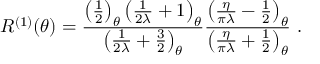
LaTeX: R ^ { ( 1 ) } ( \theta ) = \frac { \left( \frac { 1 } { 2 } \right) _ { \theta } \left( \frac { 1 } { 2 \lambda } + 1 \right) _ { \theta } } { \left( \frac { 1 } { 2 \lambda } + \frac { 3 } { 2 } \right) _ { \theta } } \frac { \left( \frac { \eta } { \pi \lambda } - \frac { 1 } { 2 } \right) _ { \theta } } { \left( \frac { \eta } { \pi \lambda } + \frac { 1 } { 2 } \right) _ { \theta } } \ .